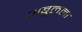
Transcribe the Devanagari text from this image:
अबुलला